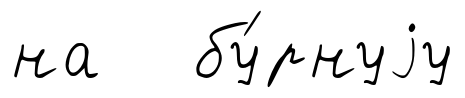
на бу́рнуjу